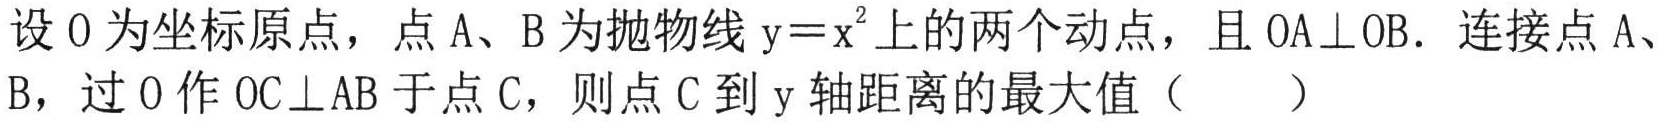
设\(O\)为坐标原点，点\(A\)、\(B\)为抛物线\(y = x^{2}\)上的两个动点，且\(OA\perp OB\)．连接点\(A\)、\(B\)，过\(O\)作\(OC\perp AB\)于点\(C\)，则点\(C\)到\(y\)轴距离的最大值（  ）